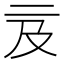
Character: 𠄦